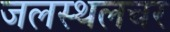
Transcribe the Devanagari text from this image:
जलस्थलचर